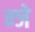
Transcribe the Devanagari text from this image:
न्जे